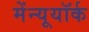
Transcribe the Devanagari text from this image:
मेंन्यूयॉर्क